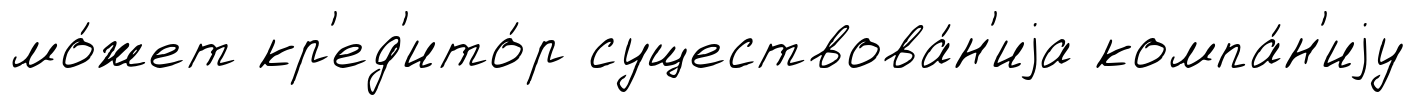
мо́жет кр'ед'ито́р существова́н'иjа компа́н'иjу